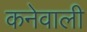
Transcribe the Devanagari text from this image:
कनेवाली